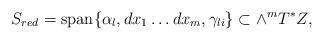
LaTeX: \begin{align*} S_{red} = \textup{span}\{\alpha_l, dx_1\ldots d x_m, \gamma_{li}\} \subset \wedge^mT^*Z,\end{align*}